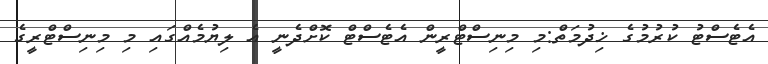
އެޓެސްޓު ކުރުމުގެ ޚިދުމަތް:މި މިނިސްޓްރީން އެޓެސްޓް ކޮށްދެނީ އެ ލިޔުމެއްގައި މި މިނިސްޓްރީގެ